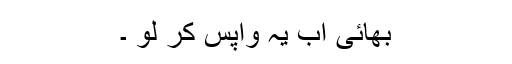
بھائی اب یہ واپس کر لو ۔